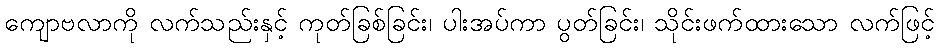
ကျောဗလာကို လက်သည်းနှင့် ကုတ်ခြစ်ခြင်း၊ ပါးအပ်ကာ ပွတ်ခြင်း၊ သိုင်းဖက်ထားသော လက်ဖြင့်